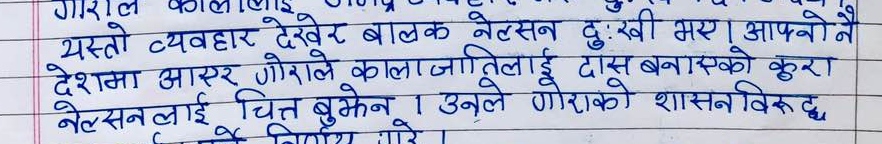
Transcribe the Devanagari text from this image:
गाराले कालाजातिलाई
यस्तो व्यवहार देखेर बालक नेल्सन दुःखी भए । आफ्नो नै
देशमा आएर गोराले कालाजातिलाई दास बनाएको कुरा
नेल्सनलाई चित्त बुझेन । उनले गोराको शासनविरुद्ध
लडने निर्णय गरे।